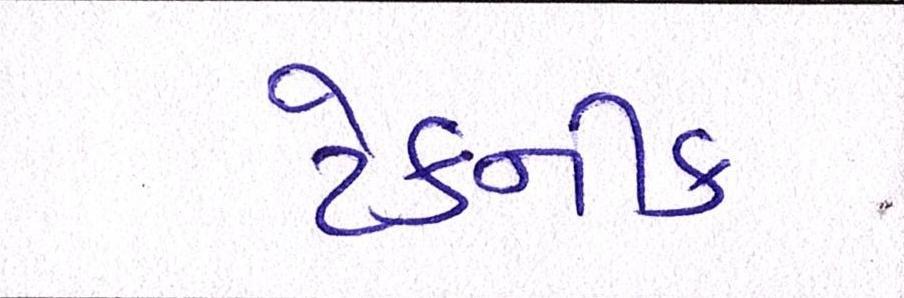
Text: ટેકનીક